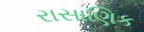
રાસાણિક